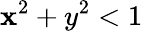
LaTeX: \mathbf{x}^{2}+y^{2}<1